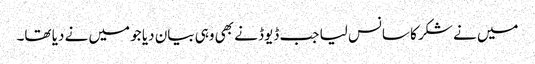
میں نے شکر کا سانس لیا جب ڈیوڈ نے بھی وہی بیان دیا جو میں نے دیا تھا۔